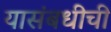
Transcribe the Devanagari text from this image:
यासंबधीची